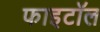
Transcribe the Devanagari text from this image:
फाइटॉल